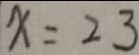
x = 2 3